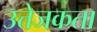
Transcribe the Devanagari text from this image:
उत्तेजकता